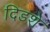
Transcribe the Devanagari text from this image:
दिडशे